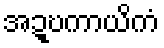
အဍ္ဎကာယိကံ